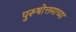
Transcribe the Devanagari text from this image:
पुरूषोत्तमाच्या